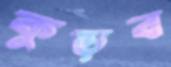
কুড়ব